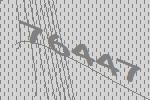
76447